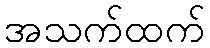
အသက်ထက်